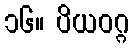
၁၆။ ပိယဝဂ္ဂ